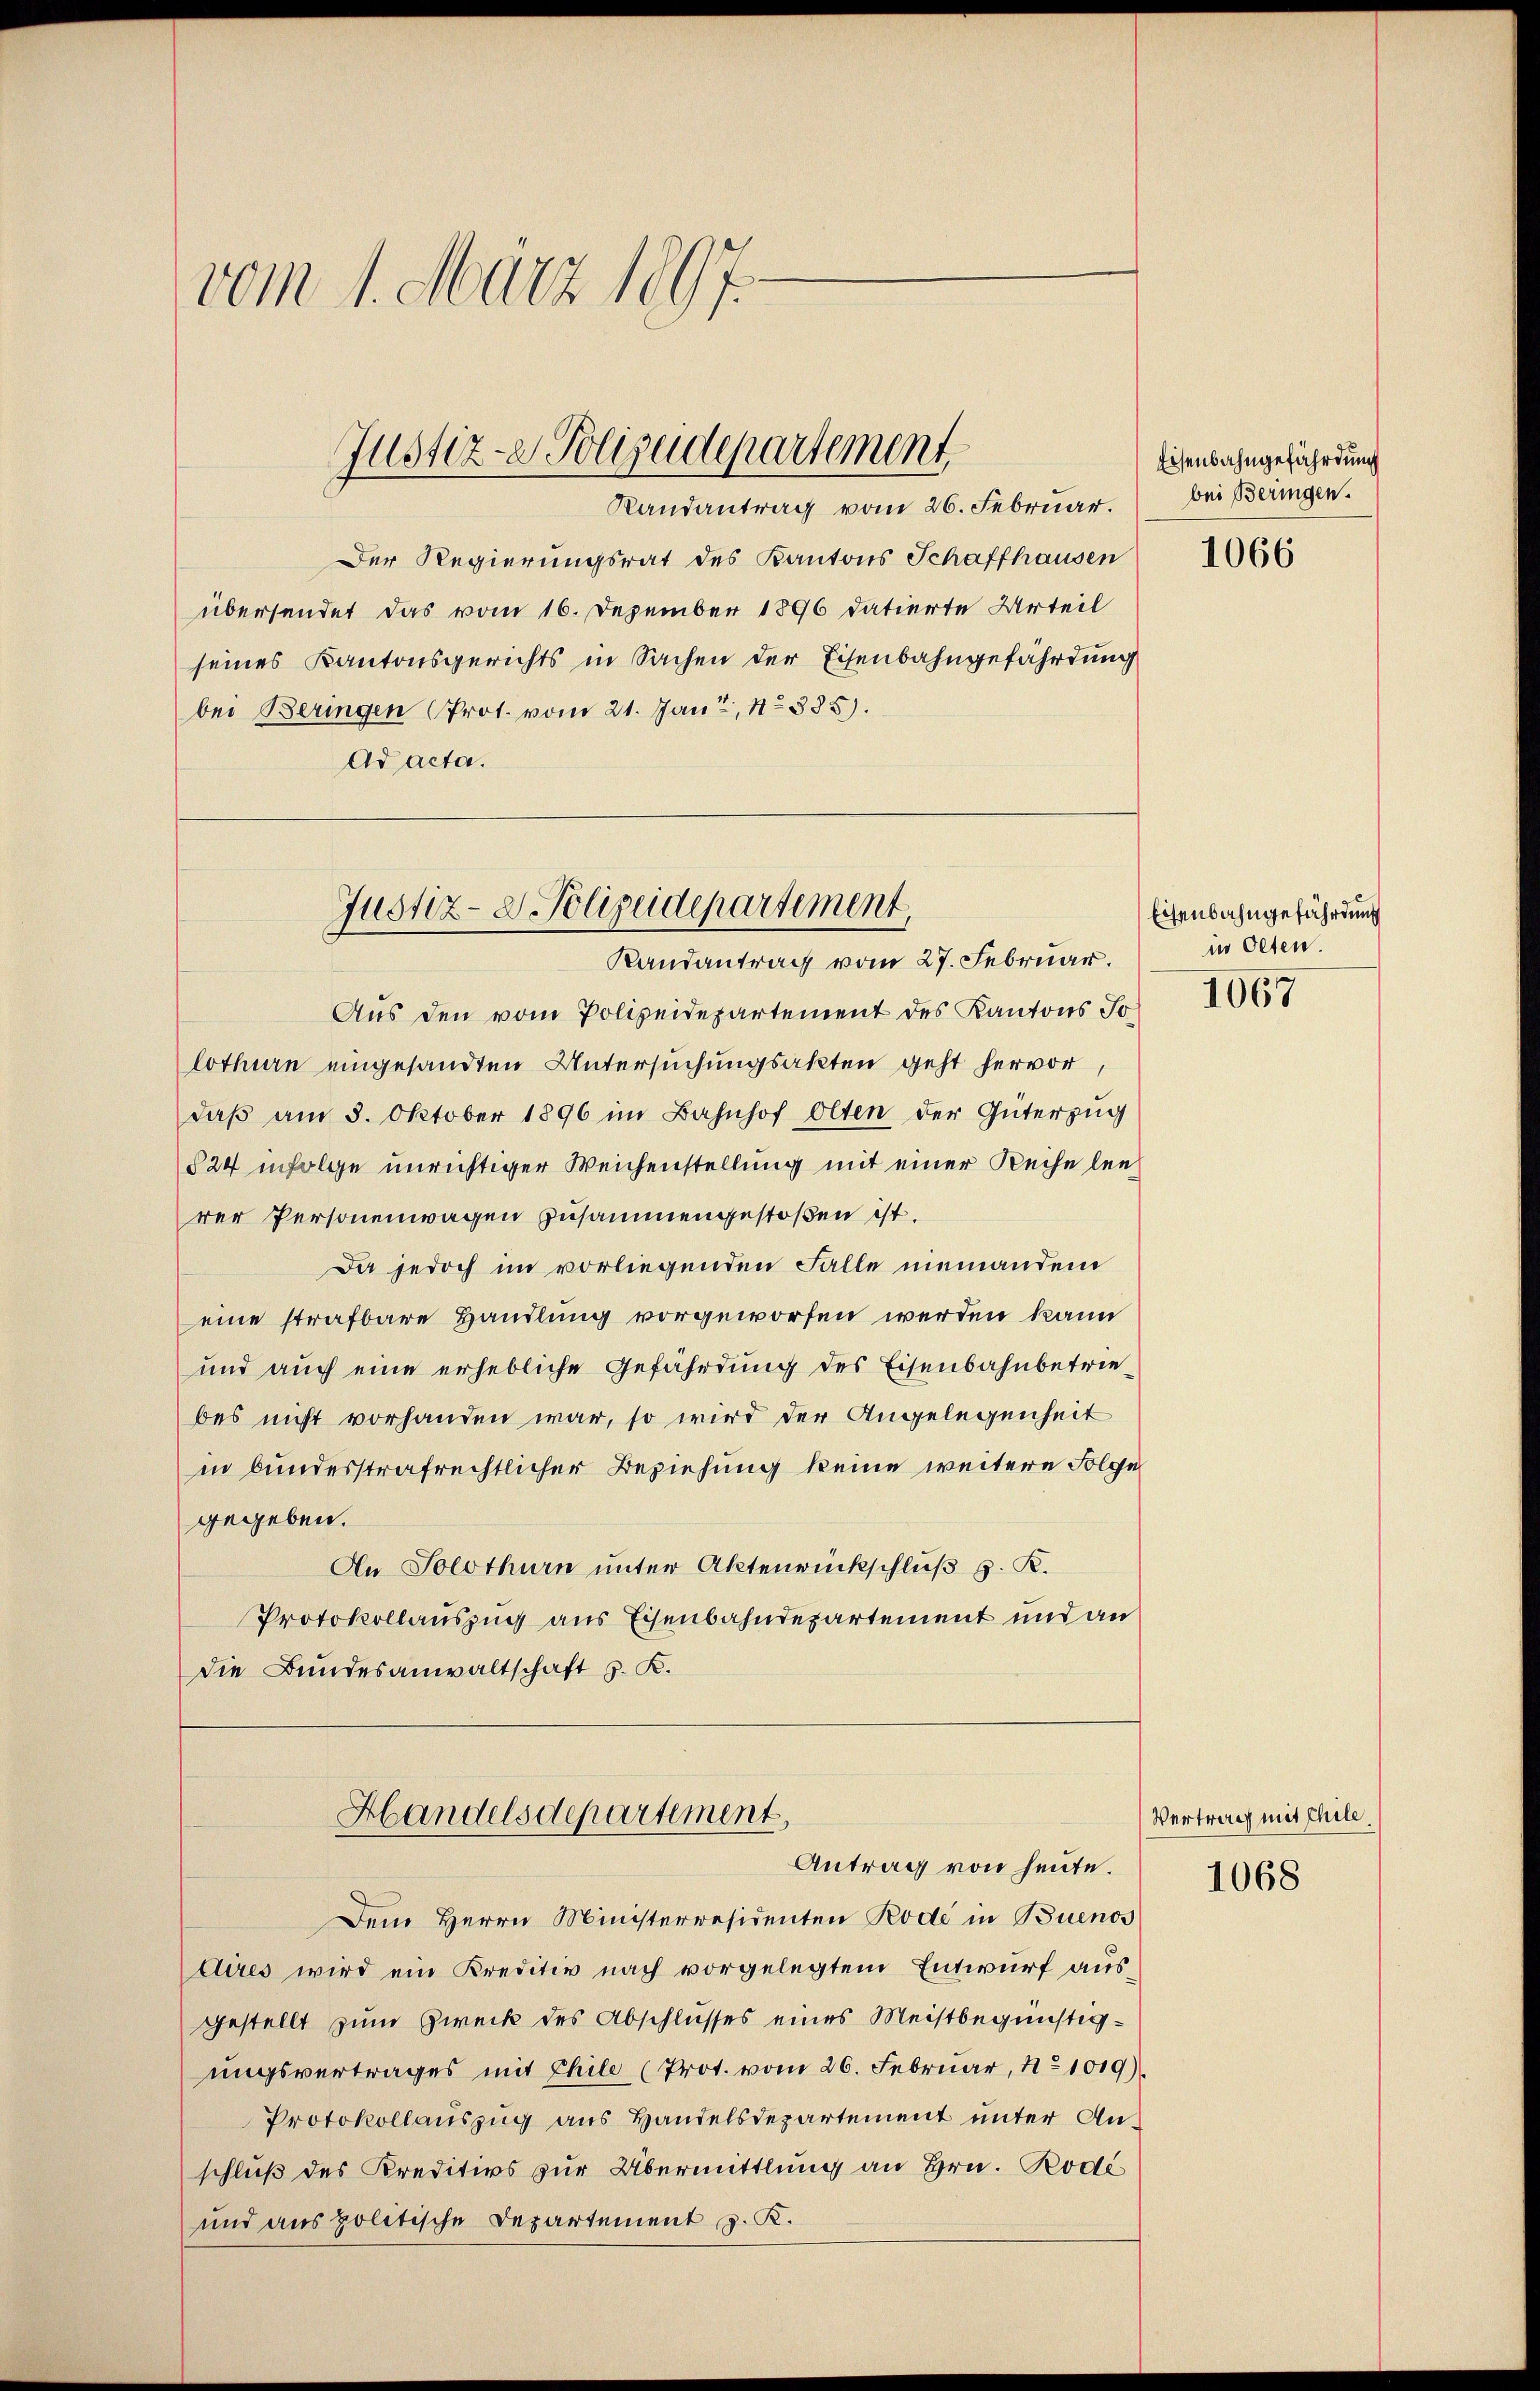
vom 1. März 1897.

Der Regierungsrat des Kantons Schaffhausen
übersendet das vom 16. Dezember 1896 datierte Urteil
seines Kantonsgerichts in Sachen der Eisenbahngefährdung
bei Beringen Prot. vom 21. Jan, 1885).
Ad acta.

Justiz- & Polizeidepartement,
Randantrag vom 26. Februar.

Justiz-D. Polizeidepartement
Randantrag vom 27. Februar.

Aus den vom Polizeidepartement des Kantons Jolothurn eingesandten Untersuchungsakten geht hervor
daβ am 5. Oktober 1896 im Bahnhof Olten der Güterzug
§24 infolge unrichtiger Weichenstellung mit einer Reihe leirer Personenwagen zusammengestoßen ist.
Da jedoch im vorliegenden Falle niemandem
eine strafbare Handlung vorgeworfen werden kann
und auch eine erhebliche Gefährdung des Eisenbahnbetriebes nicht vorhanden war, so wird der Angelegenheit
in bundesstrafrechtlicher Beziehung keine weitere Folge
gegeben.
An Solothurn unter Aktenrückschluß z. R.
Protokollauszug aus Eisenbahndepartement und an
die Bundesanwaltschaft z. K.

Handelsdepartement
Antrag von heute.

Dem Herrn Ministerresidenten Rode in Buenos
etires wird ein Kreditiv nach vorgelegtem Entwurf ausgestellt zum Zweck des Abschlusses eines Meistbegünstigungsvertrages mit Chile (Prot. vom 26. Februar, No 1019).
Protokollauszug aus Handelsdepartement unter Anschluß des Kreditivs zur Übermittlung an Hrn. Rode
und aus politische Departement z. K.

Eisenbahngefährdung
bei Beringen.

1066

Eisenbahngefährdung
in Olten.

1067

Vertrag mit Chile

1068